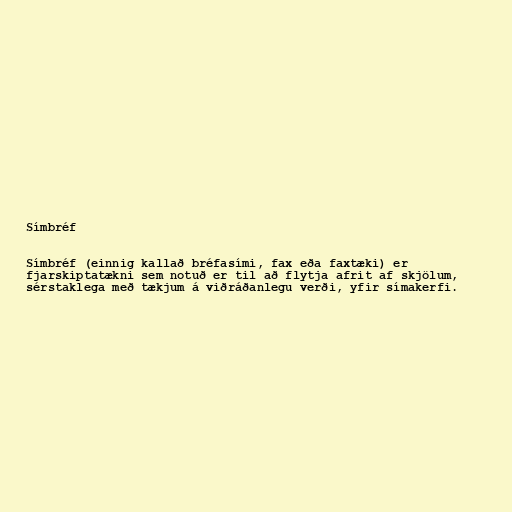
Símbréf

Símbréf (einnig kallað bréfasími, fax eða faxtæki) er
fjarskiptatækni sem notuð er til að flytja afrit af skjölum,
sérstaklega með tækjum á viðráðanlegu verði, yfir símakerfi.